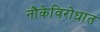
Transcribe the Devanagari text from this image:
नौकेविरोधात